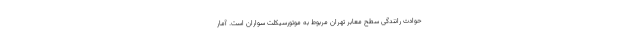
حوادث رانندگی سطح معابر تهران مربوط به موتورسیکلت سواران است. آمار